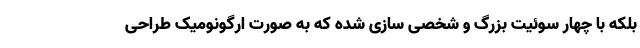
بلکه با چهار سوئیت بزرگ و شخصی سازی شده که به صورت ارگونومیک طراحی